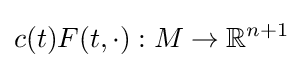
c(t)F(t,\cdot ):M\to \mathbb {R} ^{n+1}